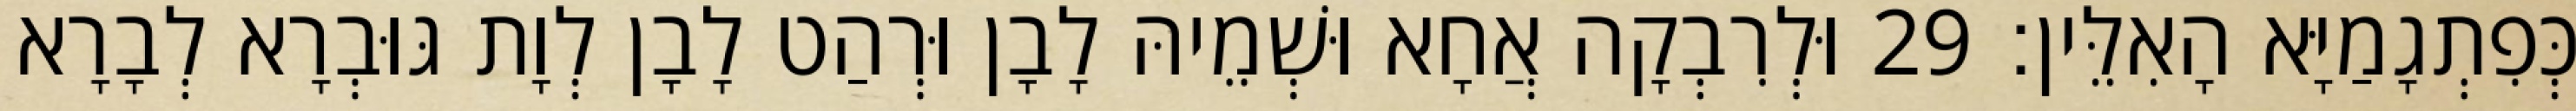
כְּפִתְגָמַיָּא הָאִלֵּין׃ 29 וּלְרִבְקָה אֲחָא וּשְׁמֵיהּ לָבָן וּרְהַט לָבָן לְוָת גּוּבְרָא לְבָרָא